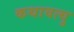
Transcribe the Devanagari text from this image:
कथावत्यु